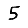
Digit: 5